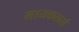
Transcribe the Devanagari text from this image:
मायकलर्स